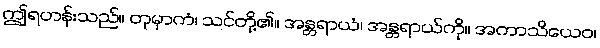
ဤရဟန်းသည်။ တုမှာကံ၊ သင်တို့၏။ အန္တရာယံ၊ အန္တရာယ်ကို။ အကာသိယေဝ၊